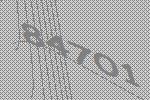
84701